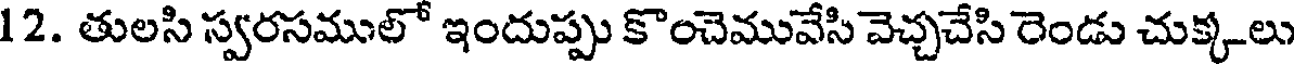
12. తులసి స్వరసములో ఇందుప్పు కొంచెమువేసి వెచ్చచేసి రెండు చుక్కలు